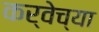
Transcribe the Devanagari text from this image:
कर्वेच्या